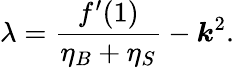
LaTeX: \lambda=\frac{f^{\prime}(1)}{\eta_{B}+\eta_{S}}-\boldsymbol{k}^{2}.